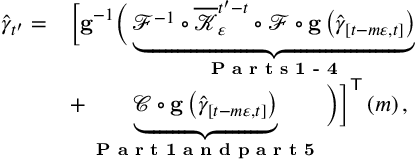
\begin{array} { r l } { \widehat { \gamma } _ { t ^ { \prime } } = } & { \Big [ \mathbf { g } ^ { - 1 } \Big ( \underbrace { \mathcal { F } ^ { - 1 } \circ \overline { { \mathcal { K } } } _ { \varepsilon } ^ { t ^ { \prime } - t } \circ \mathcal { F } \circ \mathbf { g } \left( \widehat { \gamma } _ { \left[ t - m \varepsilon , t \right] } \right) } _ { \textbf { P a r t s 1 - 4 } } } \\ & { + \underbrace { \mathcal { C } \circ \mathbf { g } \left( \widehat { \gamma } _ { \left[ t - m \varepsilon , t \right] } \right) } _ { \textbf { P a r t 1 a n d p a r t 5 } } \Big ) \Big ] ^ { \mathsf { T } } \left( m \right) , } \end{array}